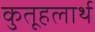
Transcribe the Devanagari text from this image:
कुतूहलार्थ